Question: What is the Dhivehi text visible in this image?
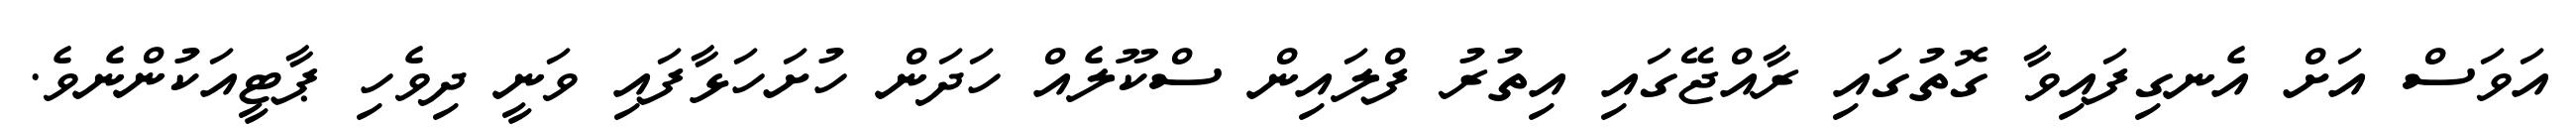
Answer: އަވަސް އަށް އެނގިފައިވާ ގޮތުގައި ރާއްޖޭގައި އިތުރު ފްލައިން ސްކޫލެއް ހަދަން ހުށަހަޅާފައި ވަނީ ދިވެހި ޕާޓީއަކުންނެވެ.